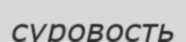
суровость